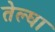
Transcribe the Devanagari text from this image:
तेल्घा